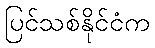
ပြင်သစ်နိုင်ငံက